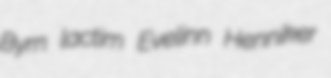
Byrn lactim Evelinn Henniker